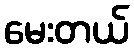
မေးတယ်